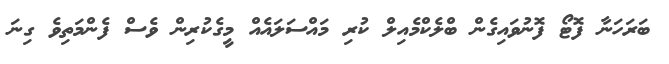
ބަރަހަނާ ފޮޓޯ ފޮނުވައިގެން ބްލެކްމެއިލް ކުރި މައްސަލައެއް މީގެކުރިން ވެސް ފެންމަތިވެ ގިނަ